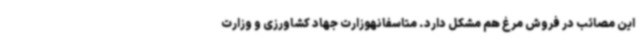
این مصائب در فروش مرغ هم مشکل دارد. متاسفانهوزارت جهاد کشاورزی و وزارت